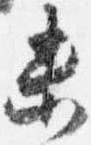
未